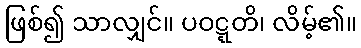
ဖြစ်၍ သာလျှင်။ ပဝဋ္ဋတိ၊ လိမ့်၏။